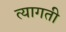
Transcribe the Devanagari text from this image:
त्यागती